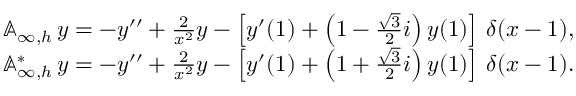
\begin{array} { r l } & { { \mathbb A } _ { \infty , h } \, y = - y ^ { \prime \prime } + \frac { 2 } { x ^ { 2 } } y - \left[ y ^ { \prime } ( 1 ) + \left( 1 - \frac { \sqrt { 3 } } { 2 } i \right) y ( 1 ) \right] \, \delta ( x - 1 ) , } \\ & { { \mathbb A } _ { \infty , h } ^ { * } \, y = - y ^ { \prime \prime } + \frac { 2 } { x ^ { 2 } } y - \left[ y ^ { \prime } ( 1 ) + \left( 1 + \frac { \sqrt { 3 } } { 2 } i \right) y ( 1 ) \right] \, \delta ( x - 1 ) . } \end{array}